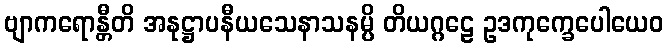
ဗျာကရောန္တီတိ အနုဋ္ဌာပနီယသေနာသနမ္ပိ တိယဂ္ဂဠေ ဥဒကုက္ခေပေါယေဝ